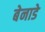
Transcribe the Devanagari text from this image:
बेनाडे